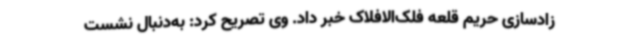
زادسازی حریم قلعه فلک‌الافلاک‌ خبر داد. وی تصریح کرد: ‌به‌دنبال نشست